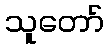
သူတော်